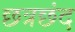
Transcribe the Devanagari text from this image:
छत्रछंद